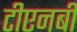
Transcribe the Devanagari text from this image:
टीएनबी